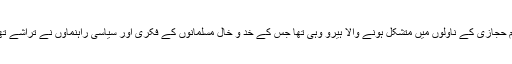
نسیم حجازی کے ناولوں میں متشکل ہونے والا ہیرو وہی تھا جس کے خد و خال مسلمانوں کے فکری اور سیاسی راہنماؤں نے تراشے تھے۔